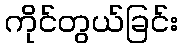
ကိုင်တွယ်ခြင်း